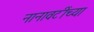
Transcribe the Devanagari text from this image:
नानावटींच्या